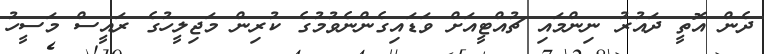
ދެން އޮތީ ދައުރު ނިންމައި ޗުއްޓީއަށް ވަޑައިގެންނެވުމުގެ ކުރިން މަޖިލީހުގެ ރައީސް މަސީހު